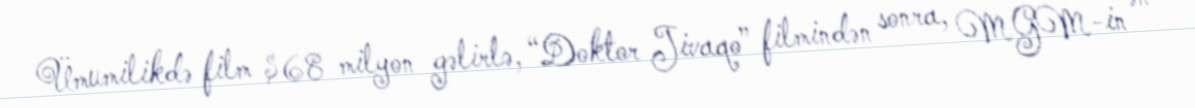
Ümumilikdə film $68 milyon gəlirlə, “Doktor Jivaqo” filmindən sonra, MGM-in ən